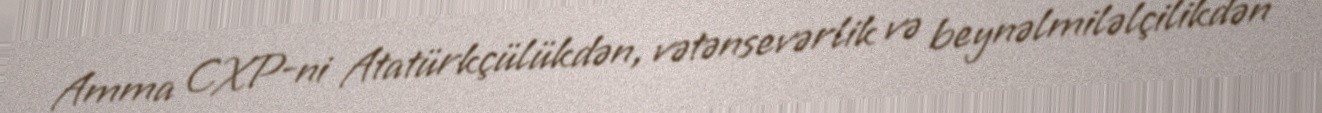
Amma CXP-ni Atatürkçülükdən, vətənsevərlik və beynəlmiləlçilikdən